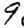
Digit: 9